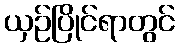
ယှဉ်ပြိုင်ရာတွင်